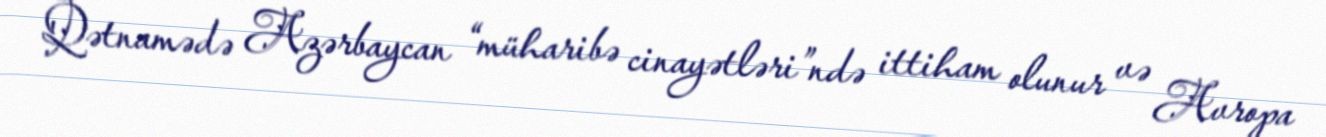
Qətnamədə Azərbaycan “müharibə cinayətləri”ndə ittiham olunur və Avropa